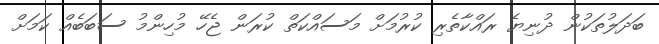
ބަދަލުތަކުން ދުނިޔެ ރައްކާތެރި ކުރުމަށް މަސައްކަތް ކުރަން ޖެހޭ މުހިންމު ސަބަބެއް ކަމަށް